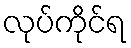
လုပ်ကိုင်ရ